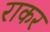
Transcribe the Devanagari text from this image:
राकर